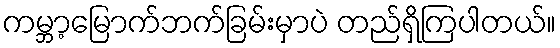
ကမ္ဘာ့မြောက်ဘက်ခြမ်းမှာပဲ တည်ရှိကြပါတယ်။